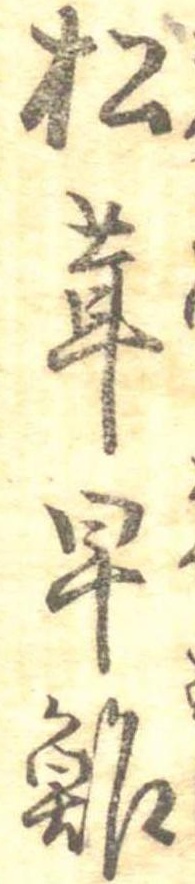
松茸早鮓